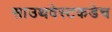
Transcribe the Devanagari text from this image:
साउथवेस्टकडेच